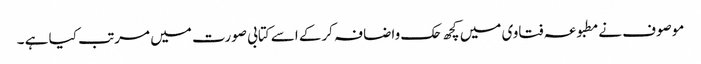
موصوف نےمطبوعہ فتاوی میں کچھ حک واضافہ کرکے اسے کتابی صورت میں مرتب کیا ہے ۔